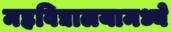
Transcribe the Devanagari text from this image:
महविद्यालयामध्ये